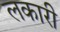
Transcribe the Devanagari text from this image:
लकारी